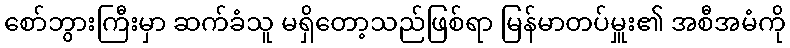
စော်ဘွားကြီးမှာ ဆက်ခံသူ မရှိတော့သည်ဖြစ်ရာ မြန်မာတပ်မှူး၏ အစီအမံကို